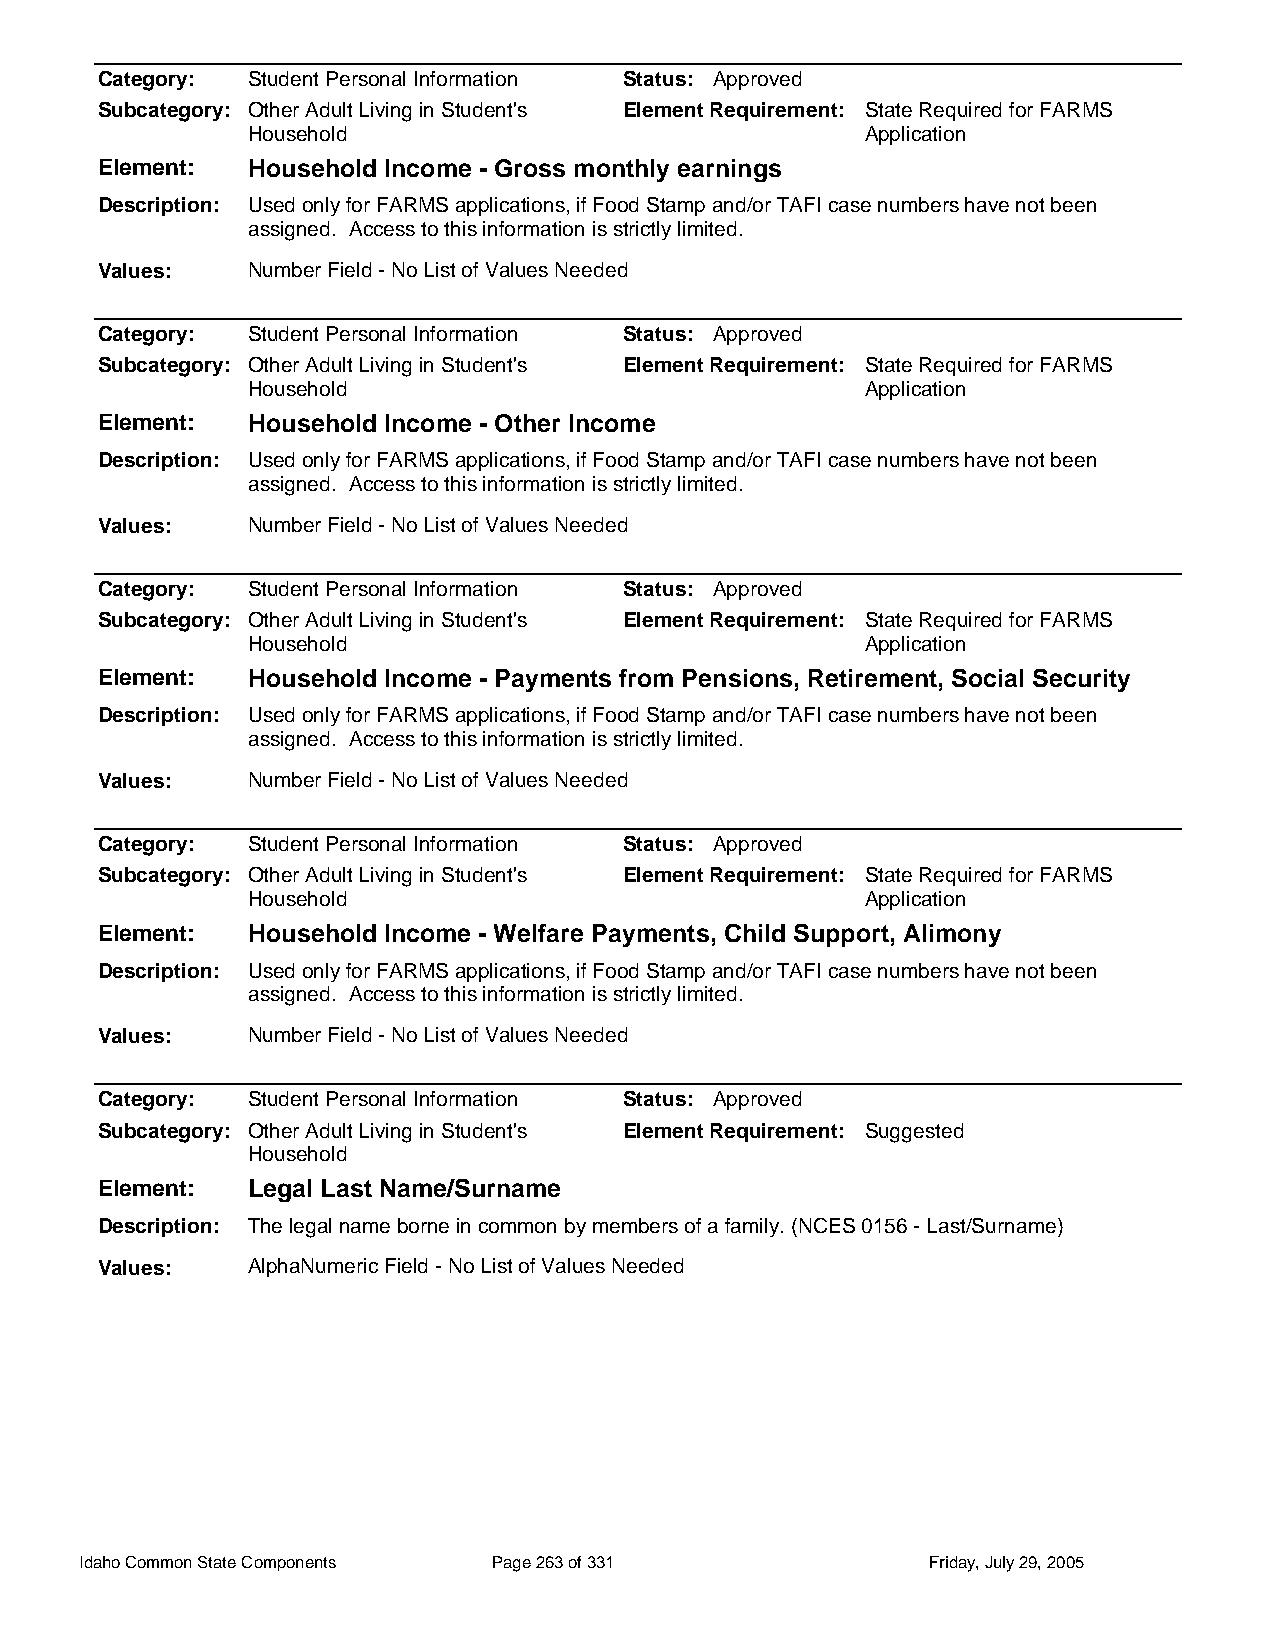
Category: Student Personal Information Status: Approved
 Subcategory: Other Adult Living in Student's Element Requirement: State Required for FARMS
 Household                                Application
 Element:  Household Income - Gross monthly earnings
 Description: Used only for FARMS applications, if Food Stamp and/or TAFI case numbers have not been
 assigned. Access to this information is strictly limited.
 Values:   Number Field - No List of Values Needed
 Category: Student Personal Information Status: Approved
 Subcategory: Other Adult Living in Student's Element Requirement: State Required for FARMS
 Household                                Application
 Element:  Household Income - Other Income
 Description: Used only for FARMS applications, if Food Stamp and/or TAFI case numbers have not been
 assigned. Access to this information is strictly limited.
 Values:   Number Field - No List of Values Needed
 Category: Student Personal Information Status: Approved
 Subcategory: Other Adult Living in Student's Element Requirement: State Required for FARMS
 Household                                Application
 Element:  Household Income - Payments from Pensions, Retirement, Social Security
 Description: Used only for FARMS applications, if Food Stamp and/or TAFI case numbers have not been
 assigned. Access to this information is strictly limited.
 Values:   Number Field - No List of Values Needed
 Category: Student Personal Information Status: Approved
 Subcategory: Other Adult Living in Student's Element Requirement: State Required for FARMS
 Household                                Application
 Element:  Household Income - Welfare Payments, Child Support, Alimony
 Description: Used only for FARMS applications, if Food Stamp and/or TAFI case numbers have not been
 assigned. Access to this information is strictly limited.
 Values:   Number Field - No List of Values Needed
 Category: Student Personal Information Status: Approved
 Subcategory: Other Adult Living in Student's Element Requirement: Suggested
 Household
 Element:  Legal Last Name/Surname
 Description: The legal name borne in common by members of a family. (NCES 0156 - Last/Surname)
 Values:   AlphaNumeric Field - No List of Values Needed
 Idaho Common State Components Page 263 of 331           Friday, July 29, 2005